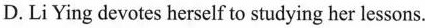
D. Li Ying devotes herself to studying her lessons.